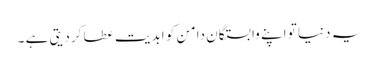
یہ دنیا تو اپنے وابستگان دامن کو ابدیت عطا کردیتی ہے ۔